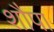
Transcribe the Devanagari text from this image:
शौपा